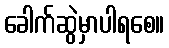
ခေါက်ဆွဲမှာပါရစေ။